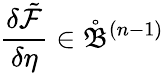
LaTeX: \frac{\delta\tilde{\mathcal{F}}}{\delta\eta}\in\mathring{\mathfrak{B}}^{(n-1)}